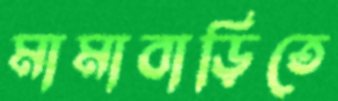
মামাবাড়িতে